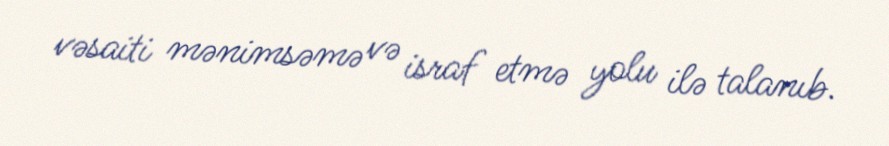
vəsaiti mənimsəmə və israf etmə yolu ilə talanıb.